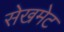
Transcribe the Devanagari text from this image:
सेखमेट